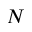
N